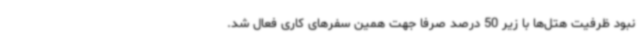
نبود ظرفیت هتل‌ها با زیر 50 درصد صرفاً جهت همین سفرهای کاری فعال شد.